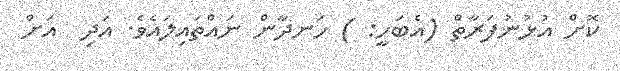
ކޮށް އުޅުނުފަރާތް (އެބަހީ: ) ހަނދާން ނައްތައިލައެވެ. އަދި  އަށް